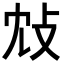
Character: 𢻼